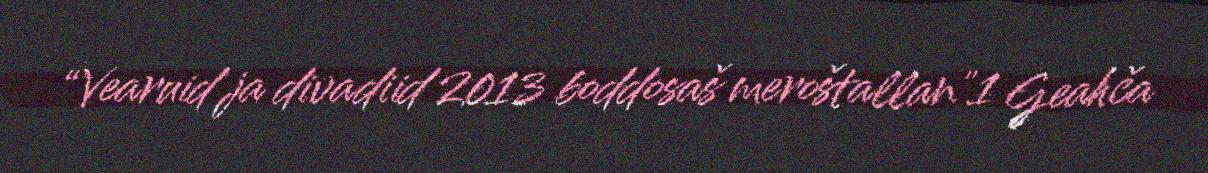
“Vearuid ja divadiid 2013 boddosaš meroštallan"1 Geahča